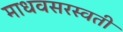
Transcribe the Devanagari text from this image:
माधवसरस्वती